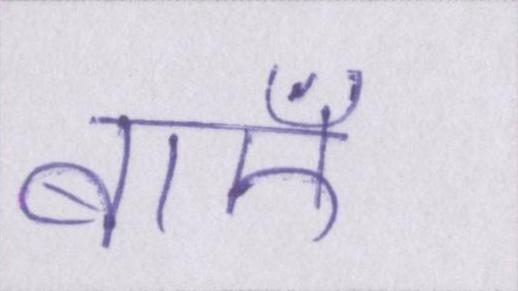
बाएँ